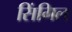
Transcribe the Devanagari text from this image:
सिंगिल